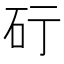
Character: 𥐡